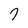
Character: 7